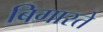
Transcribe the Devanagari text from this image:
बिगारते